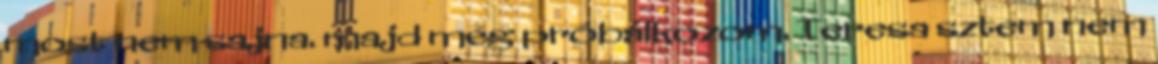
most nem sajna. majd még próbálkozom. Teresa sztem nem